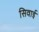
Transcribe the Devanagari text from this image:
सिवाई